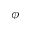
\phi